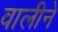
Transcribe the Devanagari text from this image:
वालीने